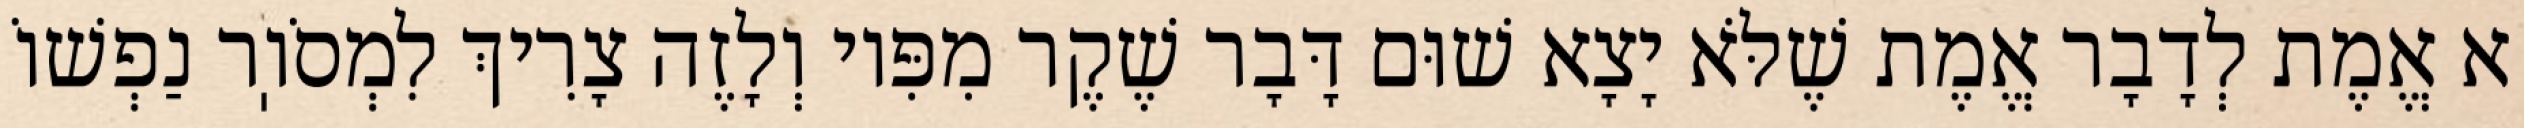
א אֱמֶת לְדָבָר אֱמֶת שֶׁלֹּא יָצָא שׁוּם דָּבָר שֶׁקֶר מִפִּיו וְלָזֶה צָרִיךְ לִמְסֹוֽר נַפְשׁוֹ